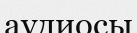
аудиосы